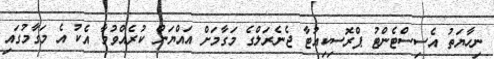
ނިހާޔަތު އެސިސްޓެންޓު ޕްރޮސިކިއުޓާ ޖެނެރަލްގެ މަގާމަށް އައްޔަން ކުރެއްވުމާ އެކު އެ މަގާމުގައި